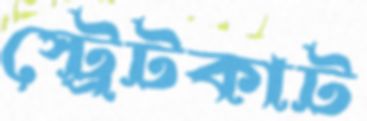
স্ট্রেটকাট